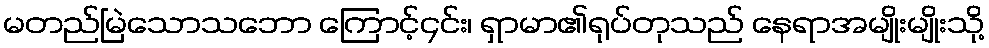
မတည်မြဲသောသဘော ကြောင့်၄င်း၊ ရှာမာ၏ရုပ်တုသည် နေရာအမျိုးမျိုးသို့